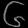
Digit: ၆